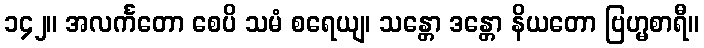
၁၄၂။ အလင်္ကတော စေပိ သမံ စရေယျ၊ သန္တော ဒန္တော နိယတော ဗြဟ္မစာရီ။